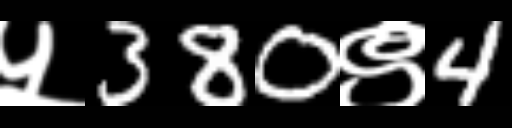
Text: ५380९4